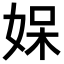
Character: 𭑼